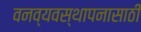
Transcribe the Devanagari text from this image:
वनव्यवस्थापनासाठी